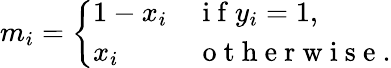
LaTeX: m_{i}=\left\{ \begin{array}{ll}{1-x_{i}}&{\mathrm{~i~f~}y_{i}=1,}\\ {x_{i}}&{\mathrm{~o~t~h~e~r~w~i~s~e~}.}\end{array}\right.